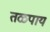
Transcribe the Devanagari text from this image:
तळपाय